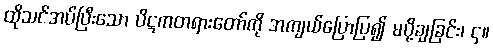
ထိုသင်အပ်ပြီးသော ပိဋကတရားတော်ကို အကျယ်ပြောပြ၍ မပို့ချခြင်း၊ ၄။